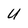
Character: U